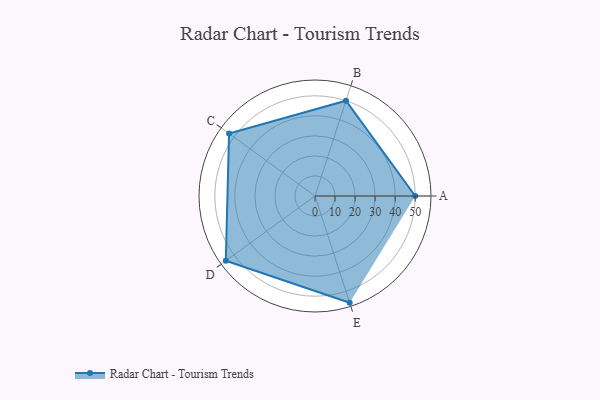
{"axis": {"x": "Skill", "y": "Score"}, "legend": ["Profile"], "data": [{"x": "A", "y": 50.0, "type": "Profile"}, {"x": "B", "y": 50.0, "type": "Profile"}, {"x": "C", "y": 53.0, "type": "Profile"}, {"x": "D", "y": 55.0, "type": "Profile"}, {"x": "E", "y": 56.0, "type": "Profile"}]}